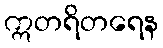
ဣတရိတရေန